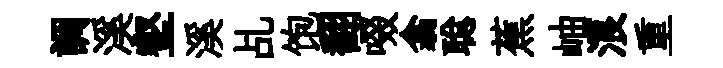
調溪壑溪乩饱翻啜翕聪蕉岫浪重